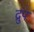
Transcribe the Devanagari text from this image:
द्रुप